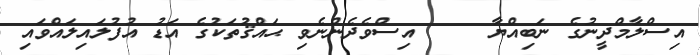
އިސްލާމްދީނުގެ ނަބިއްޔާ     އިސްވެދެންނެވި ޙައްޤުތަކުގެ އަޑު އުފުލައިލައްވައި